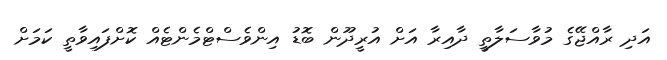
އަދި ރާއްޖޭގެ މުވާސަލާތީ ދާއިރާ އަށް އުރީދޫން ބޮޑު އިންވެސްޓްމެންޓެއް ކޮށްފައިވާތީ ކަމަށް